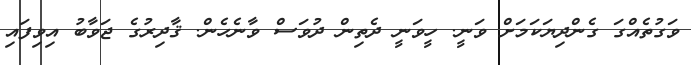
ވަގުތެއްގަ ގެންދިޔަކަމަށް ވަނީ. ހީވަނީ ދެތިން ދުވަސް ވާނެހެން. ޤާދިރުގެ ޖަވާބު އިވިފައި